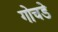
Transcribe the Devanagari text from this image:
गोचडे